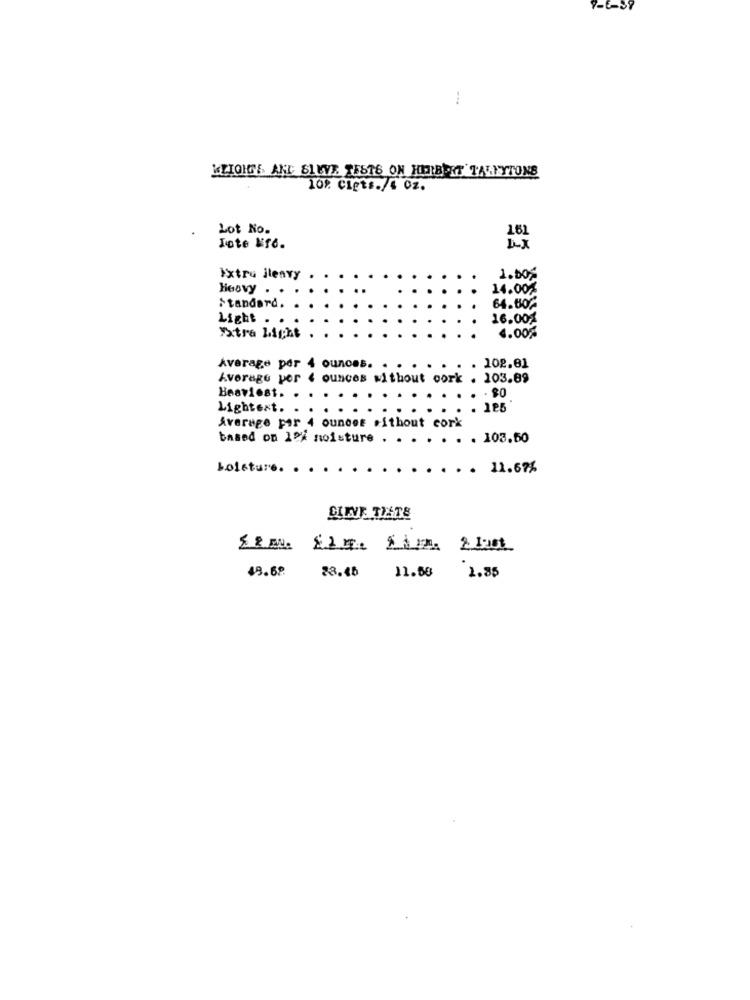
7-6-37
-..
KLIOIGTE AND SLEVA FEST6 ON HERIBERT TALNYTONS
10% Cigts./4 02.
Lot No.
Tote Mre.
Extru jlenvy
1.00%
Heavy . .
14.00%
Standard.
64.80%
Light . .
16.001
Extra Light
4.00%
Average por 4 ounces. .
. 102.61
Average por 4 ounces without cork . 103.89
Heaviest.
. 80
Lightest.
. 185
Average por 4 ounces without cork
based on 10% moisture . . . . . . . 103.50
boisture.
. 11.67%
49.69
11.58
28.45
2.85